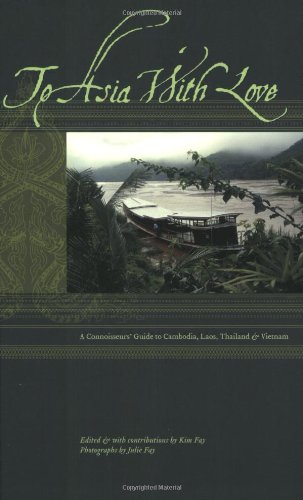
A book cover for To Asia With Love: A Connoisseurs Guide to Cambodia, Laos, Thailand, and Vietnam; Kim Fay; Travel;